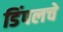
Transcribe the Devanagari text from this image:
डिंपलचे